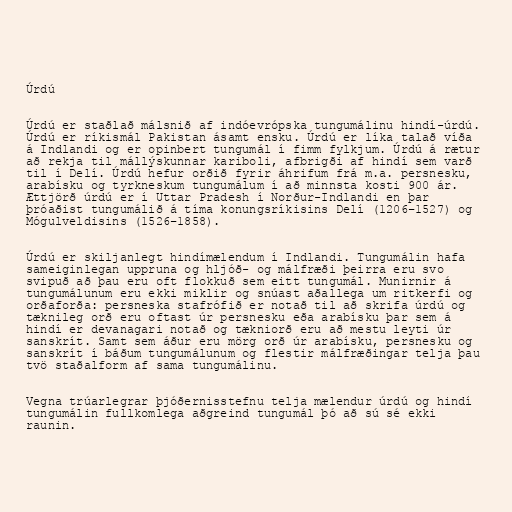
Úrdú

Úrdú er staðlað málsnið af indóevrópska tungumálinu hindí-úrdú.
Úrdú er ríkismál Pakistan ásamt ensku. Úrdú er líka talað víða
á Indlandi og er opinbert tungumál í fimm fylkjum. Úrdú á rætur
að rekja til mállýskunnar kariboli, afbrigði af hindí sem varð
til í Delí. Úrdú hefur orðið fyrir áhrifum frá m.a. persnesku,
arabísku og tyrkneskum tungumálum í að minnsta kosti 900 ár.
Ættjörð úrdú er í Uttar Pradesh í Norður-Indlandi en þar
þróaðist tungumálið á tíma konungsríkisins Delí (1206–1527) og
Mógulveldisins (1526–1858).

Úrdú er skiljanlegt hindímælendum í Indlandi. Tungumálin hafa
sameiginlegan uppruna og hljóð- og málfræði þeirra eru svo
svipuð að þau eru oft flokkuð sem eitt tungumál. Munirnir á
tungumálunum eru ekki miklir og snúast aðallega um ritkerfi og
orðaforða: persneska stafrófið er notað til að skrifa úrdú og
tæknileg orð eru oftast úr persnesku eða arabísku þar sem á
hindí er devanagari notað og tækniorð eru að mestu leyti úr
sanskrít. Samt sem áður eru mörg orð úr arabísku, persnesku og
sanskrít í báðum tungumálunum og flestir málfræðingar telja þau
tvö staðalform af sama tungumálinu.

Vegna trúarlegrar þjóðernisstefnu telja mælendur úrdú og hindí
tungumálin fullkomlega aðgreind tungumál þó að sú sé ekki
raunin.